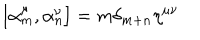
\left[ { \alpha } _ { m } ^ { \mu } , { \alpha } _ { n } ^ { \nu } \right] = m { \delta } _ { m + n } { \eta } ^ { \mu \nu }